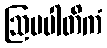
ဩပပါတိကံ